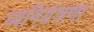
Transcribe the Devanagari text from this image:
ध्वनियंत्रणा